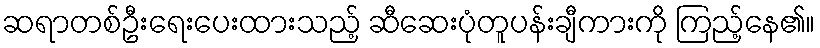
ဆရာတစ်ဦးရေးပေးထားသည့် ဆီဆေးပုံတူပန်းချီကားကို ကြည့်နေ၏။